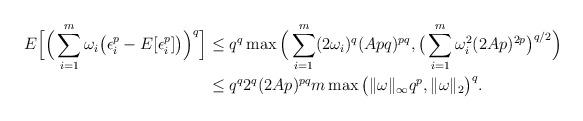
LaTeX: \begin{align*}E\Big[ \Big( \sum_{i=1}^m \omega_i \big(\epsilon_i^p -E[\epsilon_i^p]\big) \Big)^q \Big]&\leq q^q \max\Big( \sum_{i=1}^m (2\omega_i)^q (Apq)^{pq}, \big( \sum_{i=1}^m \omega_i^2 (2Ap)^{2p} \big)^{q/2} \Big) \\&\leq q^q 2^q (2Ap)^{pq} m \max\big( \|\omega\|_\infty q^p, \|\omega\|_2\big)^q.\end{align*}